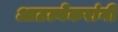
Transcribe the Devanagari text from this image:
आठल्येकरांनी